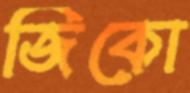
জিকো